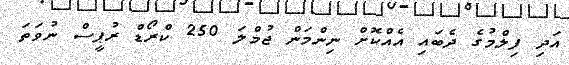
އަދި ފިލްމުގެ ދެބައި އެއްކޮށް ނިންމަން ޖުމްލަ 250 ކްރޯޑް ރުޕީސް ނުވަތަ